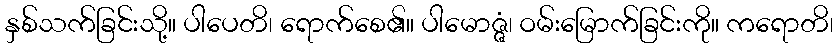
နှစ်သက်ခြင်းသို့။ ပါပေတိ၊ ရောက်စေ၏။ ပါမောဇ္ဇံ၊ ဝမ်းမြောက်ခြင်းကို။ ကရောတိ၊